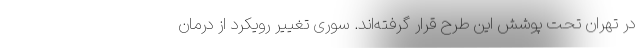
در تهران تحت پوشش این طرح قرار گرفته‌اند. سوری تغییر رویکرد از درمان